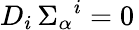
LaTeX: D_{i}\, \Sigma_{\alpha}{}^{i}=0\,